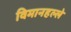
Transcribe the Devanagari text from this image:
विमानहल्ले